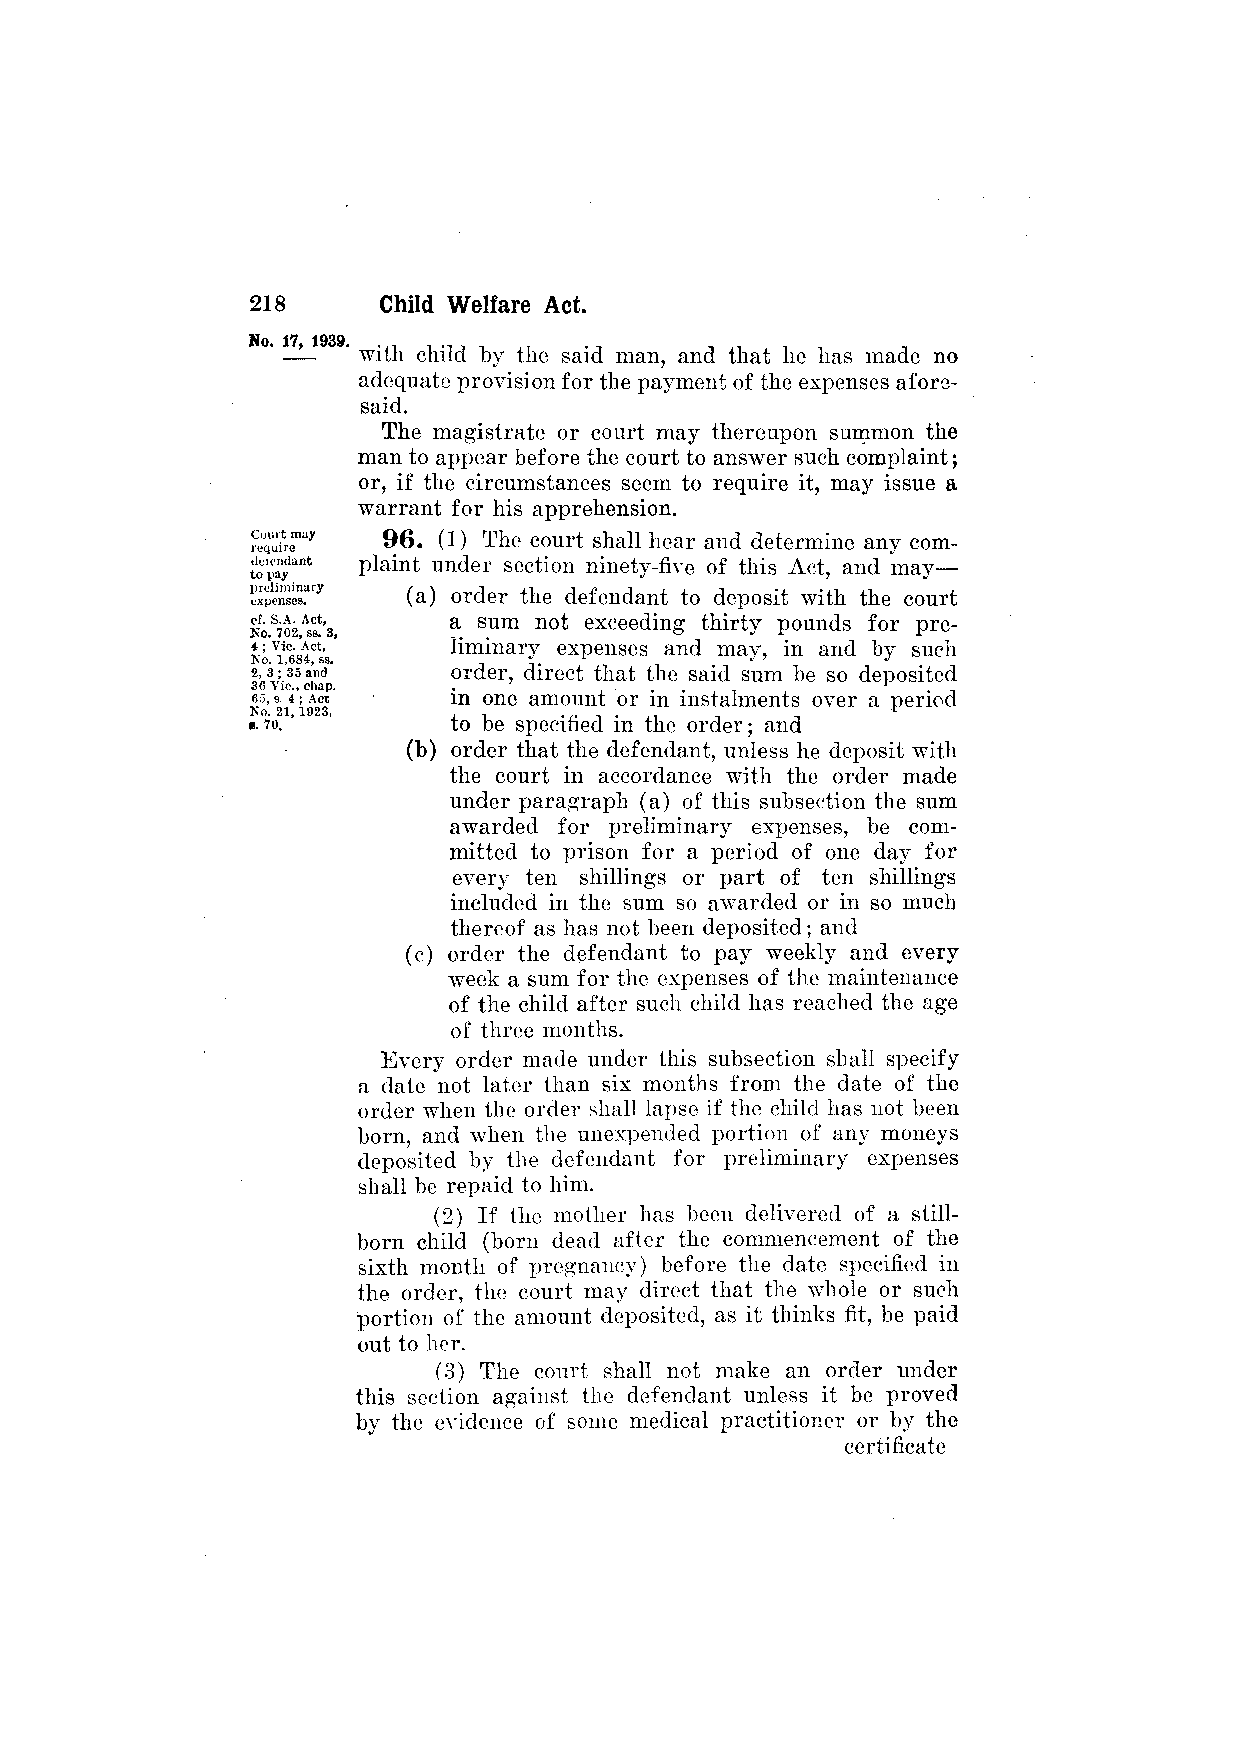
with child by the said man, and that he has made no
 adequate provision for the payment of the expenses afore­
 said.
 The magistrate or court may thereupon summon the
 man to appear before the court to answer such complaint;
 or, if the circumstances seem to require it, may issue a
 warrant for his apprehension.
 96. (1) The court shall hear and determine any com­
 plaint under section ninety-five of this Act, and may—
 (a) order the defendant to deposit with the court
 a sum not exceeding thirty pounds for pre­
 liminary expenses and may, in and by such
 order, direct that the said sum be so deposited
 in one amount or in instalments over a period
 to be specified in the order; and
 (b) order that the defendant, unless he deposit with
 the court in accordance with the order made
 under paragraph (a) of this subsection the sum
 awarded for preliminary expenses, be com­
 mitted to prison for a period of one day for
 every ten shillings or part of ten shillings
 included in the sum so awarded or in so much
 thereof as has not been deposited; and
 (c) order the defendant to pay weekly and every
 week a sum for the expenses of the maintenance
 of the child after such child has reached the age
 of three months.
 Every order made under this subsection shall specify
 a date not later than six months from the date of the
 order when the order shall lapse if the child has not been
 born, and when the unexpended portion of any moneys
 deposited by the defendant for preliminary expenses
 shall be repaid to him.
 (2) If the mother has been delivered of a still­
 born child (born dead after the commencement of the
 sixth month of pregnancy) before the date specified in
 the order, the court may direct that the whole or such
 portion of the amount deposited, as it thinks fit, be paid
 out to her.
 (3) The court shall not make an order under
 this section against the defendant unless it be proved
 by the evidence of some medical practitioner or by the
 certificate